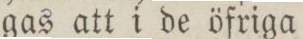
gas att i de öfriga